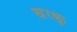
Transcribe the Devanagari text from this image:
स्रुरक्षा